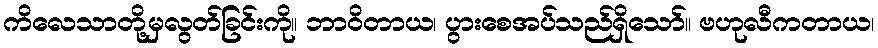
ကိလေသာတို့မှလွတ်ခြင်းကို။ ဘာဝိတာယ၊ ပွားစေအပ်သည်ရှိသော်။ ဗဟုလီကတာယ၊